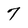
Character: 7